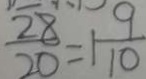
\frac { 2 8 } { 2 0 } = 1 \frac { 9 } { 1 0 }